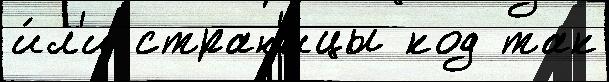
и́л'и стран'и́цы код так